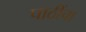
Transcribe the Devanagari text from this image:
पाठींचा